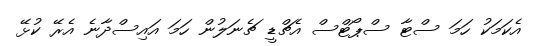
އެކަމަކު ހަމަ ސްޓާ ސްޕޯޓްސް އެޗްޑީ ޗެނަލުން ހަމަ އައިސްދާނެ އެރޭ ކުޅޭ